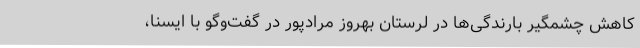
کاهش چشمگیر بارندگی‌ها در لرستان بهروز مرادپور در گفت‌وگو با ایسنا،